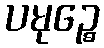
ပမုဉ္စေ